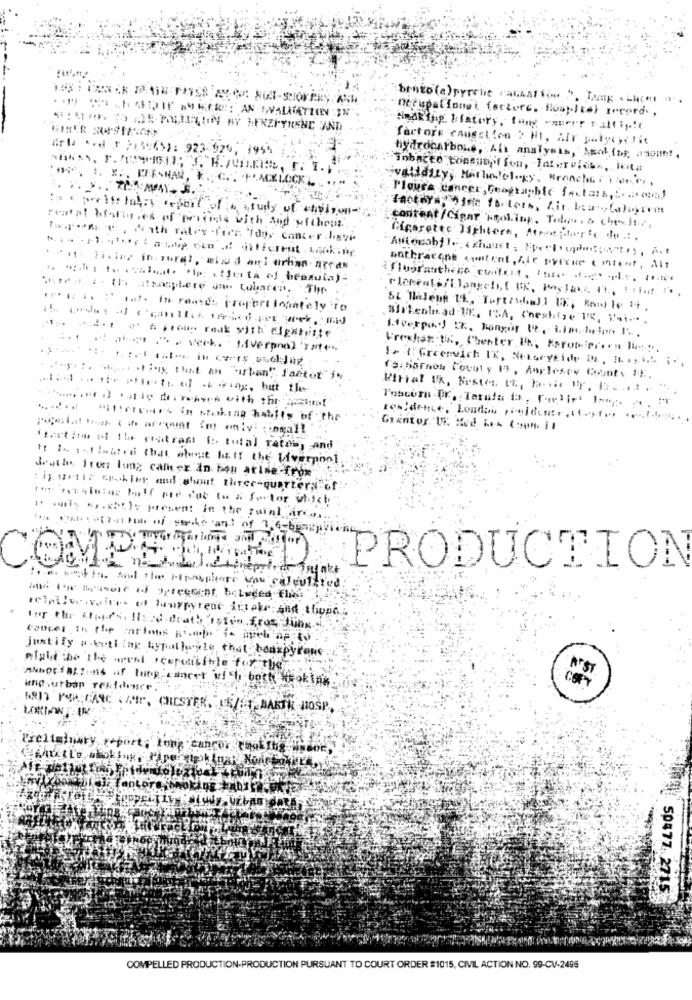
bento (a)pyrche raumatiin ". Tung . Licht a
.COMASIDIN - WERE: AN EVALUATION IN
netupationei fortere, floapltel record. ,
factors causation ? HI, AIr polycyclic
Mrla ** d 1 ;(54): 923-929, 1954
hydrocarbons, Ali analysis, Agol faf, aspunt.
:Tobacco constioff fou, Tatervichr ,, Ikita
'"+", I. X :, PE-HAN, K .; C .. +'ACKLOCK L
validity, HarlunPolicy, Branche . a.
Plour's cancer, Geographic factars,E. ... oua)
content /Cigar 'Holing, Tobi. & chtite.
Cigarette lighters, Atruephere do .:.
bothracone patent, Air pylene ( inter, Alt
fluoratthege cuifont, Itus die. l.t. u.s.
.... Io : late in rentes propert lojately To
MrLenin ad UE .. 15A, Cheshire I%, "4i --..
1+ {: Greenwich IK, Noseyside IL, IL ., i.L :-.
...:. ...... .. is that an "urban". faitot"
fa:barnes County 14, Anglesey Count. IF.
Wfietries in stoking habits of the
'faction di ile resitramt i: tutal ratas, and
It Is ticated that about half the liverpool
deuthe Frog lung cancer in bou arise from
: 1). artic crh ley and shout three-quarter;
www. w.xbl); present in the rainl art.
PRODUCTION
COMPEIN
retailve values of lumpyrent intake and shope
For the stipps, Ilsad death istro from Jung
compet th the cartons prop io apcb ap to
justify # ketling typutherule that bonspyrone
might the the wrest scorsisible for thea
ARST
ANDDESALIns af lung cancer with both thoking
ang ,urban residence!
LORIENT IN
ARIT PSA; CANC & AMP, CHESTER."CE/ , BARTH HOSP
Tieltalnary z-port; Iowy cancor that Ihg Wasor
Tanto
50477.2715
COMPELLED PRODUCTION-PRODUCTION PURSUANT TO COURT ORDER #1015, CIVIL ACTION NO. 99-CV-2496